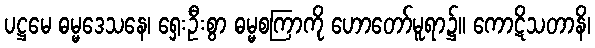
ပဋ္ဌမေ ဓမ္မဒေသနေ၊ ရှေးဦးစွာ ဓမ္မစကြာကို ဟောတော်မူရာ၌။ ကောဋိသတာနိ၊